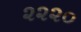
૨૨૨૦